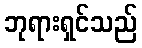
ဘုရားရှင်သည်